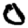
Digit: 0